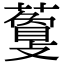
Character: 𧁰